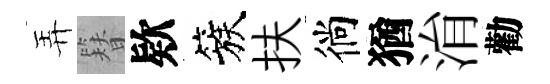
弄簪欵簇扶徜猶㳙勸